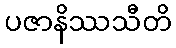
ပဇာနိဿသီတိ